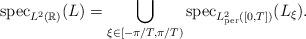
LaTeX: \begin{align*}{\rm spec}_{L^2(\mathbb{R})}(L)=\bigcup_{\xi\in[-\pi/T,\pi/T)}{\rm spec}_{L^2_{\rm per}([0,T])}(L_\xi).\end{align*}